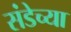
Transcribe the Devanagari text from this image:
संडेच्या